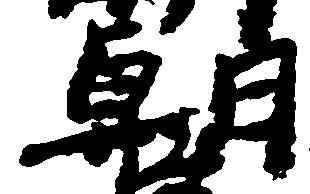
朝